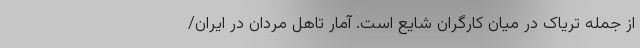
از جمله تریاک در میان کارگران شایع است. آمار تاهل مردان در ایران/